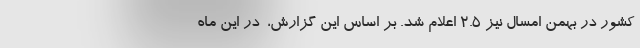
کشور در بهمن امسال نیز ۲.۵ اعلام شد. بر اساس این گزارش، ‌ در این ماه